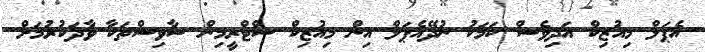
އެޕަލް މިއުޒިކް އަދިވެސް ކަމަކު ނުދޭއެޕަލް އިން މިއުޒިކް ސްޓްރީމިން ސާވިސްތަކާ ވާދަކުރުމަށް